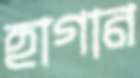
হাগান